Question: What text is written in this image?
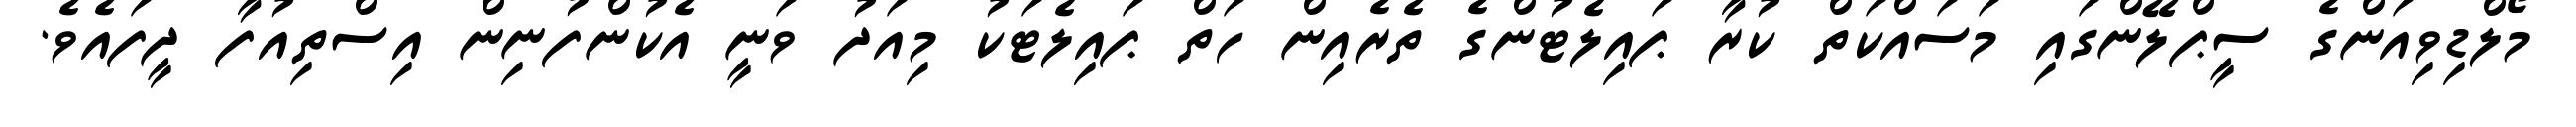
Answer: މޯލްޑިވިއަންގެ ސީޕްލޭންގައި މަސައްކަތް ކުރާ ޕައިލެޓުންގެ ތެރެއިން ހަތް ޕައިލެޓަކު މިއަދު ވަނީ އެކުންފުނިން އިސްތިއުފާ ދީފައެވެ.